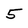
Character: 5